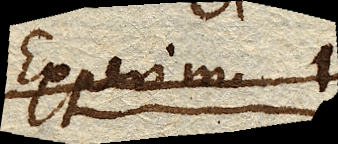
Experim. 1.